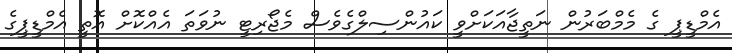
އެމްޑީޕީ ގެ މެމްބަރުން ނަތީޖާއަކަށްވީ ކައުންސިލްގެވެސް މެޖޯރިޓީ ނުވަތަ އެއްކޮށް އޮތީ އެމްޑީޕީގެ